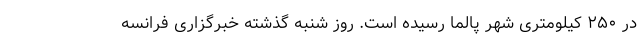
در ۲۵۰ کیلومتری شهر پالما رسیده است. روز شنبه گذشته خبرگزاری فرانسه